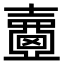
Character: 𡕈